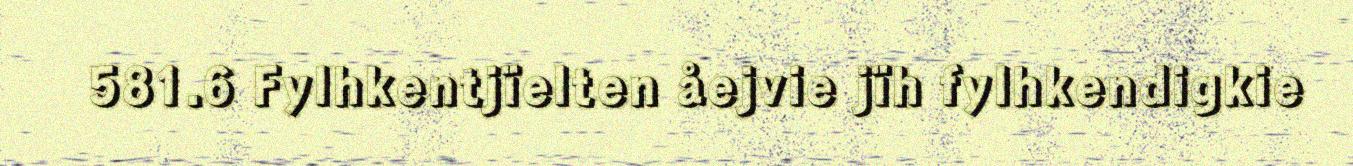
581.6 Fylhkentjïelten åejvie jïh fylhkendigkie